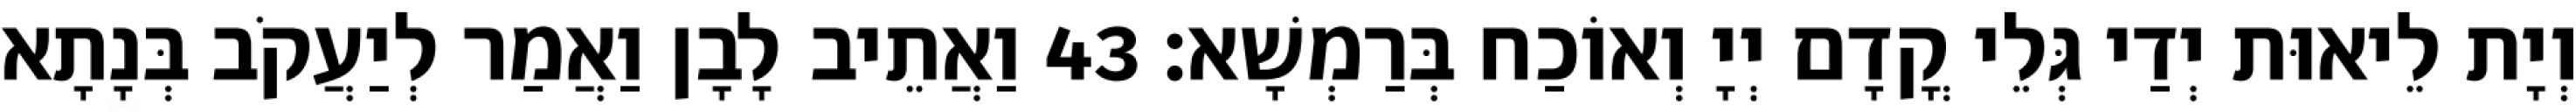
וְיָת לֵיאוּת יְדַי גְּלֵי קֳדָם יְיָ וְאוֹכַח בְּרַמְשָׁא׃ 43 וַאֲתֵיב לָבָן וַאֲמַר לְיַעֲקֹב בְּנָתָא